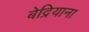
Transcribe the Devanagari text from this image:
बेद्रियाना